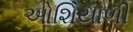
ઓશિયાળી